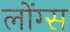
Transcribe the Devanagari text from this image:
लोंग्स